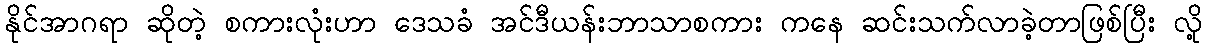
နိုင်အာဂရာ ဆိုတဲ့ စကားလုံးဟာ ဒေသခံ အင်ဒီယန်းဘာသာစကား ကနေ ဆင်းသက်လာခဲ့တာဖြစ်ပြီး လို့